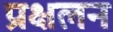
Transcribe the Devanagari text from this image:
प्रक्षलन